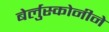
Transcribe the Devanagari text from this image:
बेर्लुस्कोनीने